Civil Veterinary Dept. Bombay admin report 1914-1922 - 1914-1922
Year: 1914
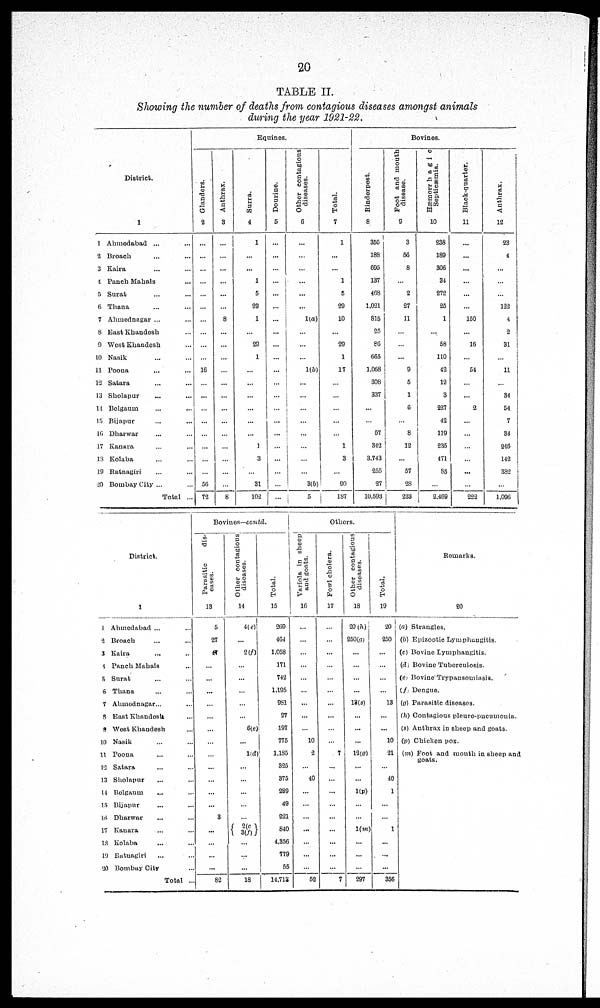
20
TABLE II.
Showing the number of deaths from contagious diseases amongst animals
during the year 1921-22.
District.
1
1 Ahmedabad ... ...
2 Broach ... ...
3 Kaira ... ...
4 Panch Mahals ...
5 Surat ... ...
6 Thana ... ...
7 Ahmednagar ... ...
8 East Khandesh ...
9 West Khandesh ...
10 Nasik ... ...
11 Poona ... ...
12 Satara ... ...
13 Sholapur ... ...
14 Belgaum ... ...
15 Bijapur ... ...
16 Dharwar ... ...
17 Kanara ... ...
18 Kolaba ... ...
19 Ratnagiri ... ...
20 Bombay City ... ...
Total ...
Equines.
Glanders.
2
...
...
...
...
...
...
...
...
...
...
16
...
...
...
...
...
...
...
...
56
72
Anthrax.
3
...
...
...
...
...
...
8
...
...
...
...
...
...
...
...
...
...
...
...
...
8
Surra.
4
1
...
...
1
5
29
1
...
29
1
...
...
...
...
...
...
1
3
...
31
102
Dourine.
5
...
...
...
...
...
...
...
...
...
...
...
...
...
...
...
...
...
...
...
...
...
Other contagious
diseases.
6
...
...
...
...
...
...
1(a)
...
...
...
1(b)
...
...
...
...
...
...
...
...
3(b)
5
Total.
7
1
...
...
1
5
29
10
...
29
1
17
...
...
...
...
...
1
3
...
90
187
Bovines.
Rinderpest.
8
356
188
695
137
468
1,021
815
25
86
665
1,068
308
337
...
...
57
342
3,743
255
27
10,593
Foot and mouth
disease.
9
3
56
8
...
2
27
11
...
...
...
9
5
1
6
...
8
12
57
28
233
Hæmorrhagic
Septicæmia.
10
238
189
306
34
272
25
1
...
58
110
42
12
3
227
42
119
235
471
85
...
2,469
Black-quarter.
11
...
...
...
...
...
...
150
...
16
...
54
...
...
2
...
...
...
...
...
...
222
Anthrax.
12
23
4
...
...
...
122
4
2
31
...
11
...
34
54
7
34
246
142
382
...
1,096
District.
1
1 Ahmedabad ... ...
2 Broach ... ...
3 Kaira ... ...
4 Panch Mahals ...
5 Surat ... ...
6 Thana ... ...
7 Ahmednagar ... ...
8 East Khandesh ...
9 West Khandesh ...
10 Nasik ... ...
11 Poona ... ...
12 Satara ... ...
13 Sholapur ... ...
14 Belgaum ... ...
15 Bijapur ... ...
16 Dharwar ... ...
17 Kanara ... ...
13 Kolaba ... ...
19 Ratnagiri ... ...
20 Bombay City ...
Total ...
Bovines—contd.
Parasitic
dis-
eases.
13
5
27
47
...
...
...
...
...
...
...
...
...
...
...
...
3
...
...
...
...
82
Other contagious
diseases.
14
4(e)
...
2(f)
...
...
...
...
...
6(e)
...
1(d)
...
...
...
...
...
2(c
3(f)
...
...
...
18
Total.
15
269
464
1,058
171
742
1,195
981
27
197
775
1,185
325
375
289
49
221
840
4,356
779
55
14,713
Others.
Variola in sheep
and goats.
16
...
...
...
...
...
...
...
...
...
10
2
...
40
...
...
...
...
...
...
...
52
Fowl cholera.
17
...
...
...
...
...
...
...
...
...
...
7
...
...
...
...
...
...
...
...
...
7
Other contagious
diseases.
18
20 (h)
250(g)
...
...
...
...
13(s)
...
...
...
12(g)
...
...
1(p)
...
...
1(m)
...
...
...
297
Total.
19
20
250
...
...
...
...
13
...
...
10
21
...
40
1
...
...
1
...
...
...
356
Remarks.
20
(a) Strangles.
(b) Epizootic Lymphangitis.
(c) Bovine Lymphangitis.
(d) Bovine Tuberculosis.
(e) Bovine Trypansomiasis.
(f) Dengue.
(g) Parasitic diseases.
(h) Contagious pleuro-pneumonia.
(s) Anthrax in sheep and goats.
(p) Chicken pox.
(m) Foot and mouth in sheep and
goats.